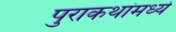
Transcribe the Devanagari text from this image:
पुराकथांमध्ये